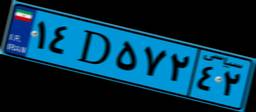
۱۴D۵۷۲۴۲